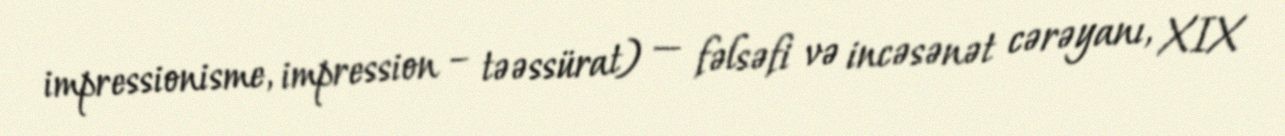
impressionisme, impression – təəssürat) — fəlsəfi və incəsənət cərəyanı, XIX